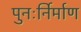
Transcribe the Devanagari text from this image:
पुनःर्निर्माण